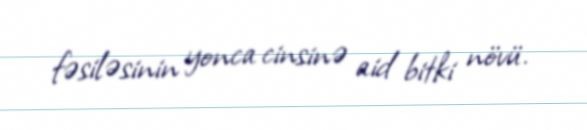
fəsiləsinin yonca cinsinə aid bitki növü.